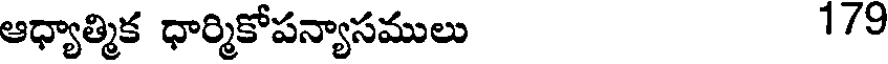
ఆధ్యాత్మిక ధార్మికోపన్యాసములు 1/9